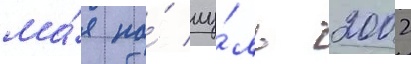
ма́я по́ иу́ль 2002